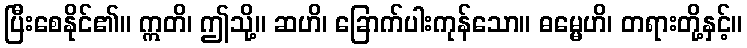
ပြီးစေနိုင်၏။ ဣတိ၊ ဤသို့။ ဆဟိ၊ ခြောက်ပါးကုန်သော။ ဓမ္မေဟိ၊ တရားတို့နှင့်။